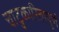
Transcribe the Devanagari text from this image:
चाटुकारितापूर्ण